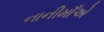
નાનીમાઁએ